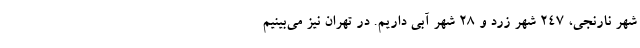
شهر نارنجی، ۲۴۷ شهر زرد و ۲۸ شهر آبی داریم. در تهران نیز می‌بینیم